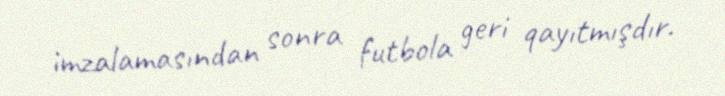
imzalamasından sonra futbola geri qayıtmışdır.